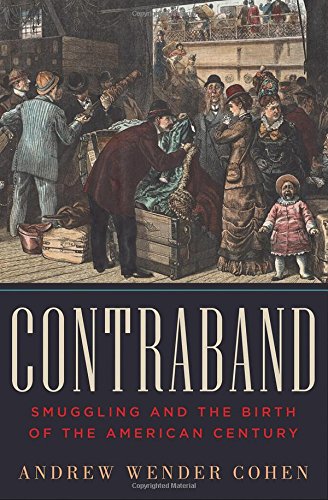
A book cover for Contraband: Smuggling and the Birth of the American Century; Andrew Wender Cohen; Business & Money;